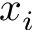
x _ { i }